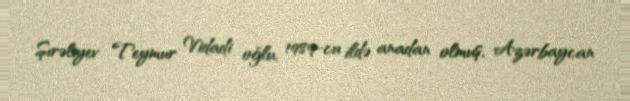
Şırəliyev Teymur Vidadi oğlu, 1989-cu ildə anadan olmuş, Azərbaycan